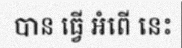
បាន ធ្វើ អំពើ នេះ